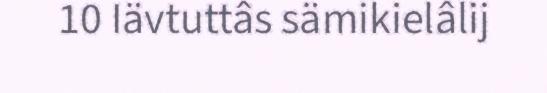
10 Iävtuttâs sämikielâlij